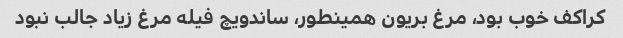
کراکف خوب بود، مرغ بریون همینطور، ساندویچ فیله مرغ زیاد جالب نبود